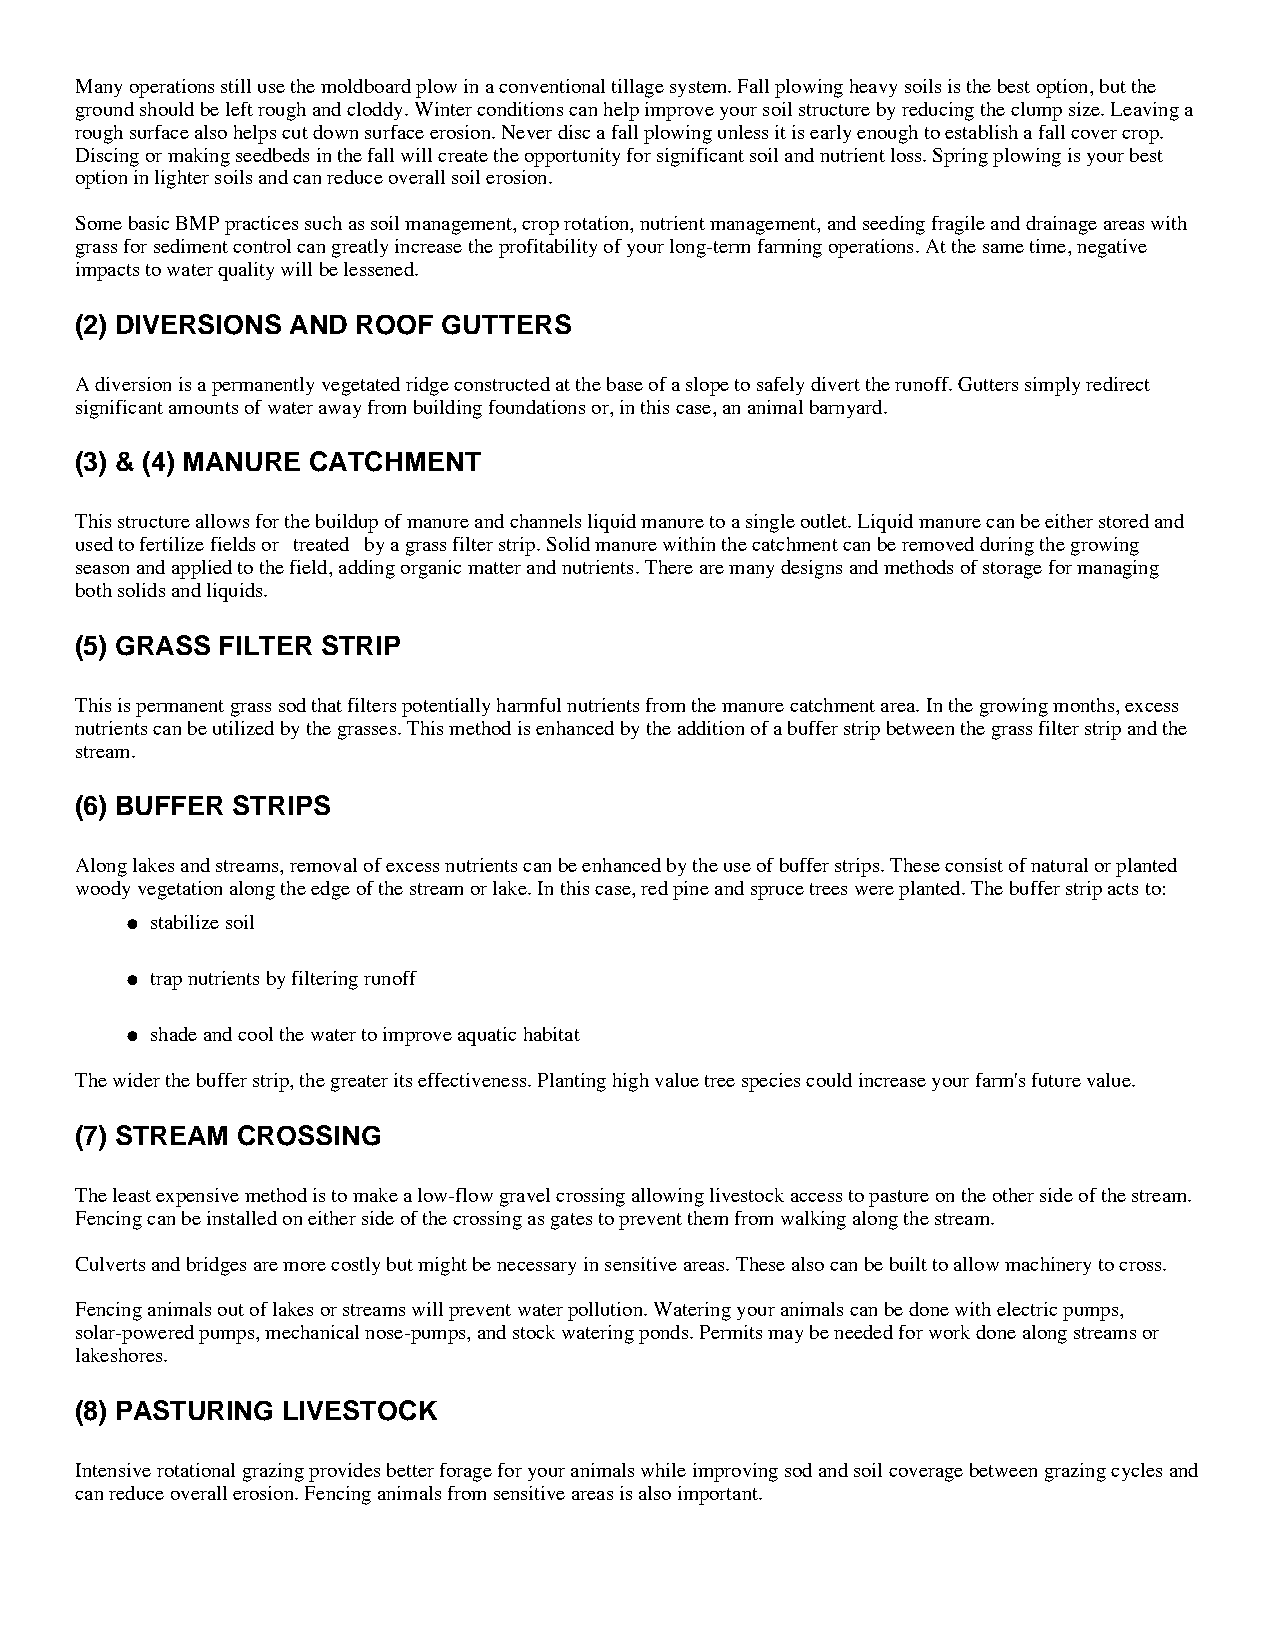
Many operations still use the moldboard plow in a conventional tillage system. Fall plowing heavy soils is the best option, but the
 ground should be left rough and cloddy. Winter conditions can help improve your soil structure by reducing the clump size. Leaving a
 rough surface also helps cut down surface erosion. Never disc a fall plowing unless it is early enough to establish a fall cover crop.
 Discing or making seedbeds in the fall will create the opportunity for significant soil and nutrient loss. Spring plowing is your best
 option in lighter soils and can reduce overall soil erosion.
 Some basic BMP practices such as soil management, crop rotation, nutrient management, and seeding fragile and drainage areas with
 grass for sediment control can greatly increase the profitability of your long-term farming operations. At the same time, negative
 impacts to water quality will be lessened.
 (2) DIVERSIONS AND ROOF GUTTERS
 A diversion is a permanently vegetated ridge constructed at the base of a slope to safely divert the runoff. Gutters simply redirect
 significant amounts of water away from building foundations or, in this case, an animal barnyard.
 (3) & (4) MANURE CATCHMENT
 This structure allows for the buildup of manure and channels liquid manure to a single outlet. Liquid manure can be either stored and
 used to fertilize fields or ÒtreatedÓ by a grass filter strip. Solid manure within the catchment can be removed during the growing
 season and applied to the field, adding organic matter and nutrients. There are many designs and methods of storage for managing
 both solids and liquids.
 (5) GRASS FILTER STRIP
 This is permanent grass sod that filters potentially harmful nutrients from the manure catchment area. In the growing months, excess
 nutrients can be utilized by the grasses. This method is enhanced by the addition of a buffer strip between the grass filter strip and the
 stream.
 (6) BUFFER STRIPS
 Along lakes and streams, removal of excess nutrients can be enhanced by the use of buffer strips. These consist of natural or planted
 woody vegetation along the edge of the stream or lake. In this case, red pine and spruce trees were planted. The buffer strip acts to:
 stabilize soil
 l
 trap nutrients by filtering runoff
 l
 shade and cool the water to improve aquatic habitat
 l
 The wider the buffer strip, the greater its effectiveness. Planting high value tree species could increase your farm's future value.
 (7) STREAM CROSSING
 The least expensive method is to make a low-flow gravel crossing allowing livestock access to pasture on the other side of the stream.
 Fencing can be installed on either side of the crossing as gates to prevent them from walking along the stream.
 Culverts and bridges are more costly but might be necessary in sensitive areas. These also can be built to allow machinery to cross.
 Fencing animals out of lakes or streams will prevent water pollution. Watering your animals can be done with electric pumps,
 solar-powered pumps, mechanical nose-pumps, and stock watering ponds. Permits may be needed for work done along streams or
 lakeshores.
 (8) PASTURING LIVESTOCK
 Intensive rotational grazing provides better forage for your animals while improving sod and soil coverage between grazing cycles and
 can reduce overall erosion. Fencing animals from sensitive areas is also important.